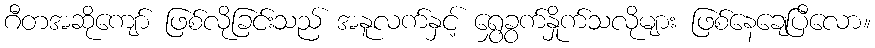
ဂီတအဆိုကျော် ဖြစ်လိုခြင်းသည် အနူလက်နှင့် ရွှေခွက်နှိုက်သလိုများ ဖြစ်နေချေပြီလော။